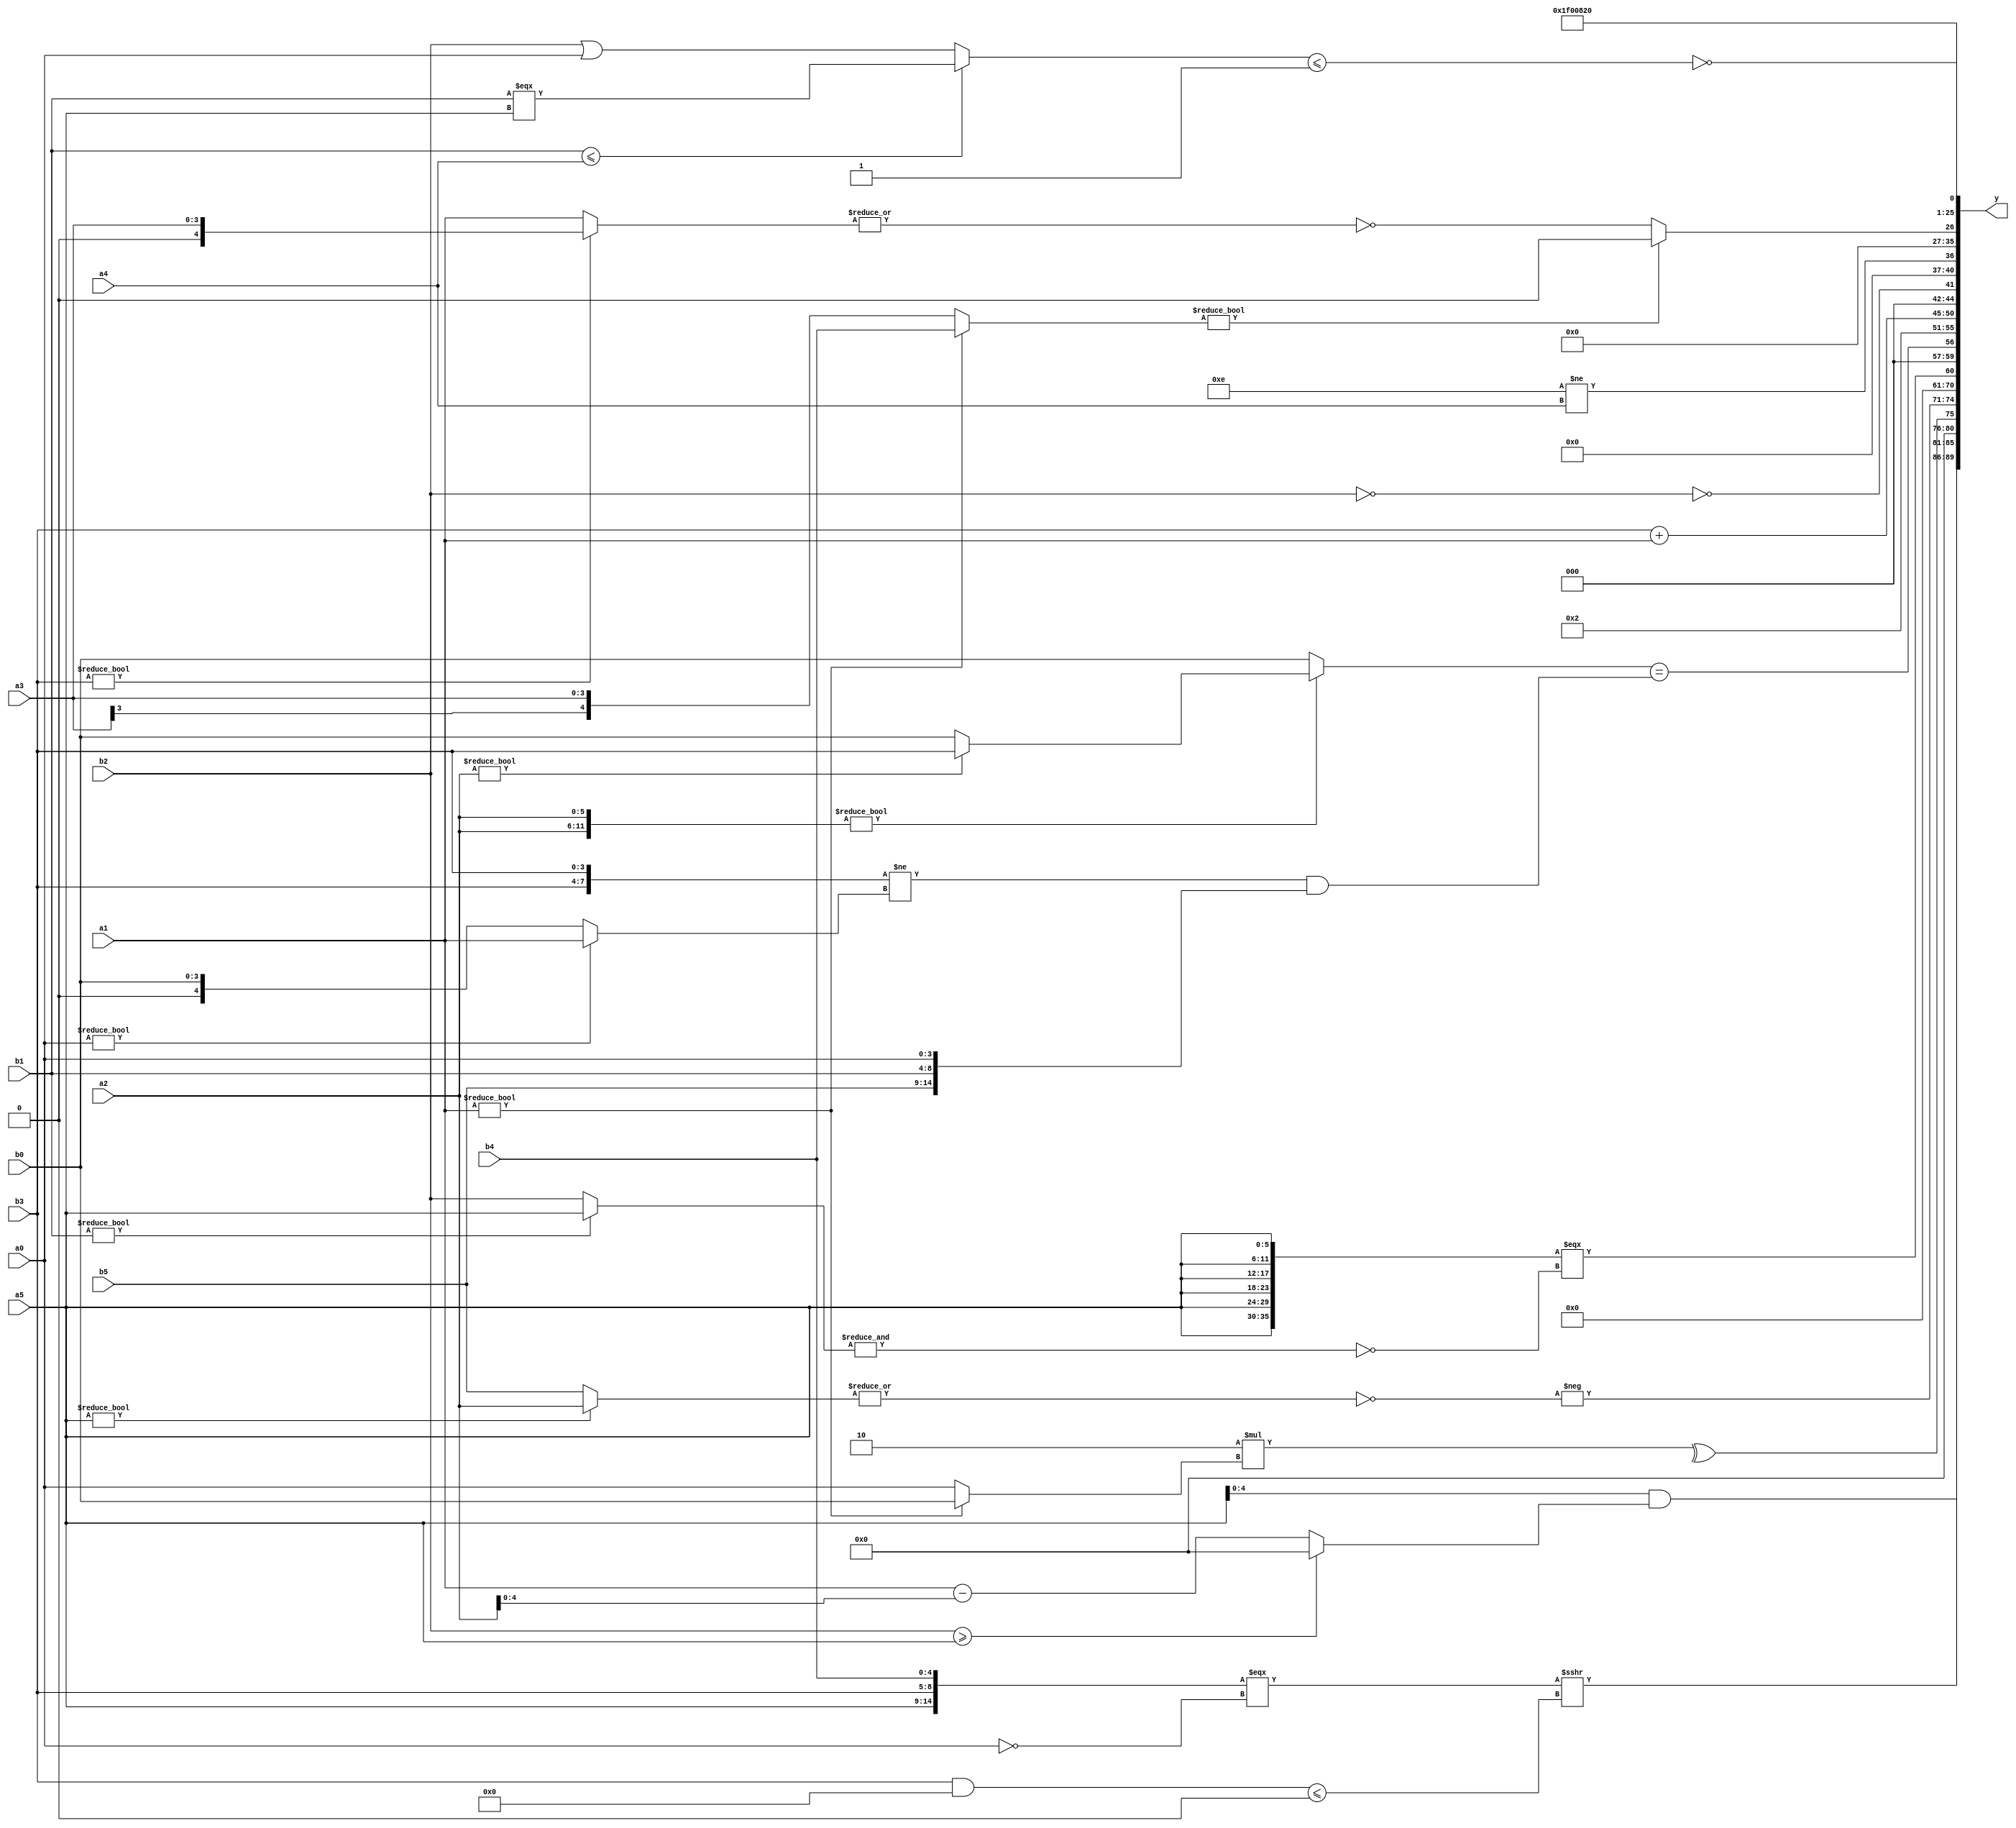
module expression_00850(a0, a1, a2, a3, a4, a5, b0, b1, b2, b3, b4, b5, y);
  input [3:0] a0;
  input [4:0] a1;
  input [5:0] a2;
  input signed [3:0] a3;
  input signed [4:0] a4;
  input signed [5:0] a5;

  input [3:0] b0;
  input [4:0] b1;
  input [5:0] b2;
  input signed [3:0] b3;
  input signed [4:0] b4;
  input signed [5:0] b5;

  wire [3:0] y0;
  wire [4:0] y1;
  wire [5:0] y2;
  wire signed [3:0] y3;
  wire signed [4:0] y4;
  wire signed [5:0] y5;
  wire [3:0] y6;
  wire [4:0] y7;
  wire [5:0] y8;
  wire signed [3:0] y9;
  wire signed [4:0] y10;
  wire signed [5:0] y11;
  wire [3:0] y12;
  wire [4:0] y13;
  wire [5:0] y14;
  wire signed [3:0] y15;
  wire signed [4:0] y16;
  wire signed [5:0] y17;

  output [89:0] y;
  assign y = {y0,y1,y2,y3,y4,y5,y6,y7,y8,y9,y10,y11,y12,y13,y14,y15,y16,y17};

  localparam [3:0] p0 = {((5'd1)?(5'sd3):(-2'sd1)),((-3'sd0)?(4'sd7):(5'd12)),((4'd2)^~(4'sd3))};
  localparam [4:0] p1 = {((5'd23)<<<(4'd12)),((3'd2)<<<(-3'sd1)),((4'd10)|(-4'sd1))};
  localparam [5:0] p2 = ((!(((-3'sd0)>=(2'd2))^~((3'sd2)+(-4'sd4))))<<<(~(~|(((2'd1)>>(4'sd5))&&((3'd4)>>>(5'd17))))));
  localparam signed [3:0] p3 = (~|(((~(5'sd2))^((3'd3)<=(-2'sd0)))!==(((5'sd0)!=(-2'sd1))<=((4'd6)>>>(3'd6)))));
  localparam signed [4:0] p4 = (((5'sd13)^(-4'sd4))?{(3'd0)}:((-3'sd0)|(5'd12)));
  localparam signed [5:0] p5 = (2'd0);
  localparam [3:0] p6 = (((-2'sd1)?(-4'sd4):(-4'sd0))^~((5'd20)?(-4'sd1):(2'd2)));
  localparam [4:0] p7 = (5'sd11);
  localparam [5:0] p8 = (+((4'sd5)<(-5'sd13)));
  localparam signed [3:0] p9 = {3{(~|(-((-2'sd0)>=(-2'sd1))))}};
  localparam signed [4:0] p10 = {4{(~(2'd1))}};
  localparam signed [5:0] p11 = (&{{(2'd2),(3'sd0),(-5'sd2)}});
  localparam [3:0] p12 = (~&((((4'sd0)+(2'd2))>=((3'd3)|(3'd0)))!=(!(&(((4'd8)<(4'sd7))^((4'sd7)&(2'd1)))))));
  localparam [4:0] p13 = ((~^(((5'sd9)<<(-2'sd1))!==((5'sd2)!==(5'd2))))!==(~|(-(((4'd0)|(-2'sd1))>>(-(~^(3'sd0)))))));
  localparam [5:0] p14 = (4'd11);
  localparam signed [3:0] p15 = (-3'sd1);
  localparam signed [4:0] p16 = (((5'd5)?(2'sd0):(3'sd1))=={1{{4{(2'sd1)}}}});
  localparam signed [5:0] p17 = ((3'd6)<(-4'sd6));

  assign y0 = (({a5,b3,b4}===(!a0))>>>((b3&&p11)<={p9}));
  assign y1 = ({(p3>>a5),{1{{b3,a4,b5}}},(p3?a2:a5)}&((b2>=a5)?{3{p13}}:(a1-a2)));
  assign y2 = (^(6'd2 * (a1?b0:a0)));
  assign y3 = ($signed($signed((-2'sd0)))?(&(3'd3)):(-((~|(a5?a2:b5)))));
  assign y4 = (+$unsigned({1{(~(~^(|{1{p5}})))}}));
  assign y5 = ({3{{2{a5}}}}===(~&(b1?a5:b2)));
  assign y6 = (({2{a2}}?{(a2?b3:b0)}:(p0?b0:a2))==(({2{b3}}!=(a0?a1:b0))&&{b5,b1,a0}));
  assign y7 = (3'sd2);
  assign y8 = (b3+a1);
  assign y9 = (+(+(~|(^(+(~(!(^(!(!(~|(&(!(~&(^(!(~b2)))))))))))))))));
  assign y10 = (p0!=a4);
  assign y11 = {2{{3{(b1!==b1)}}}};
  assign y12 = ((a1?b4:a3)?(|(^(^p9))):(~|(b3?a3:a1)));
  assign y13 = (-3'sd1);
  assign y14 = (((-(a1?p13:p12))<<<(2'd2))&&(-3'sd3));
  assign y15 = (5'd2);
  assign y16 = (+p17);
  assign y17 = (~&(((b1<=a4)?(b1===a5):(b2||a0))<=((+(p16?a1:p10))<(-2'sd1))));
endmodule